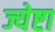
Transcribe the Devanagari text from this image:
ज्येष्टा